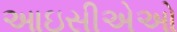
આઇસીએઓ